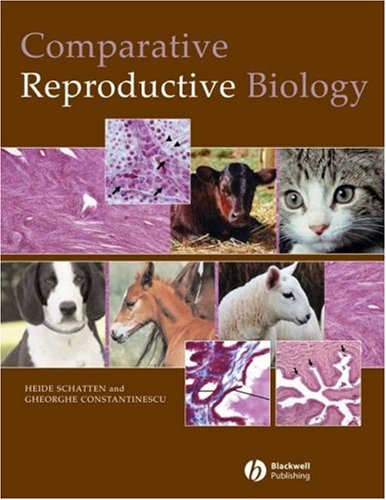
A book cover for Comparative Reproductive Biology; Heide Schatten; Medical Books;